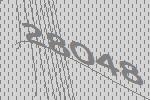
28048